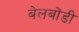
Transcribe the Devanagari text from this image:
बेलबोंडी